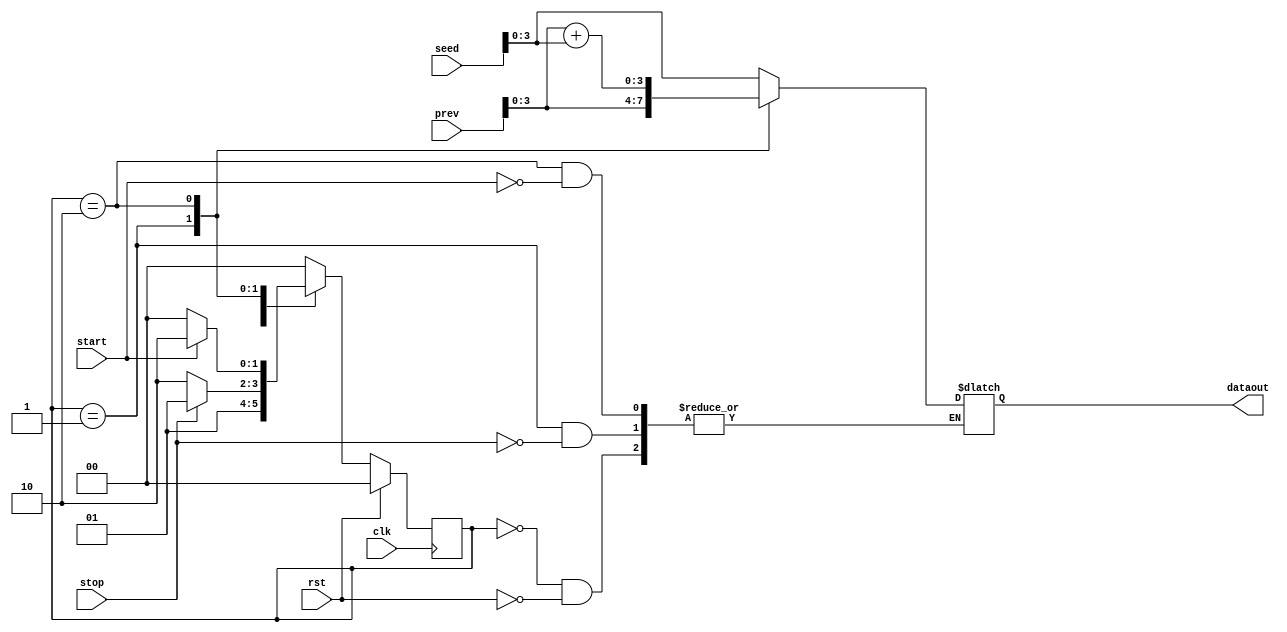
`timescale 1ns / 1ps
//////////////////////////////////////////////////////////////////////////////////
// Company: 
// Engineer: 
// 
// Design Name: 
// Module Name: fsm
// Project Name: 
// Target Devices: 
// Tool Versions: 
// Description: 
// 
// Dependencies: 
// 
// Revision:
// Revision 0.01 - File Created
// Additional Comments:
// 
//////////////////////////////////////////////////////////////////////////////////


module fsm(output reg [3:0] dataout,
           input start, clk, rst,stop,
           input[11:0] seed,prev  );
           
         reg [1:0] stare_crt;
         localparam s1=2'b00;
         localparam s2=2'b01;
         localparam s3=2'b10;
         
         always @(posedge clk)
           if(rst) stare_crt<=s1;
           else  case(stare_crt)
           s1: stare_crt<=s2;
            
             
           s2:if(stop==0) stare_crt<=s3;else
              stare_crt<=s2;
              
           s3:if(start==0) stare_crt<=s1;else
           stare_crt<=s3;
           
           default: stare_crt<=s1;
           endcase
           
           always @(stare_crt or stop or start or rst)
             case(stare_crt)
             s1: if(rst)  dataout<= seed[3:0];
             s2: if(stop) dataout<= prev[3:0];
             s3: if(start) dataout<= prev[3:0]+seed[3:0];
             default: dataout<=4'bx;
             endcase
                 
          
         
           
           
                    
           
endmodule